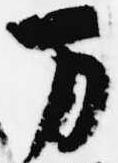
万